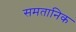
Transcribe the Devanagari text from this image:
समतानिक